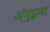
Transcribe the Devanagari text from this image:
अंगुइला